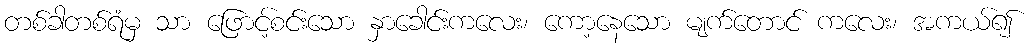
တစ်ခါတစ်ရံမှ သာ ဖြောင့်စင်းသော နှာခေါင်းကလေး၊ ကော့နေသော မျက်တောင် ကလေး၊ အကယ်၍